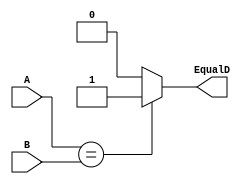
module Equal (
input [31:0] A,B,
output reg EqualD
);
always @(*) begin
if(A==B) EqualD<=1'b1;
else EqualD<=1'b0;
end
endmodule